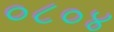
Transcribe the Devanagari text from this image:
०८०४